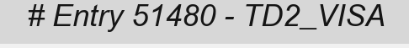
# Entry 51480 - TD2_VISA